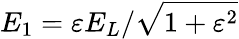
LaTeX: {E_{1}}=\varepsilon{E_{L}}/{\sqrt{1+\varepsilon^{2}}}